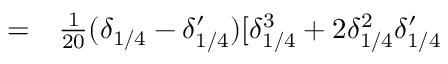
\begin{array} { r l } { = } & { { } \frac { 1 } { 2 0 } ( \delta _ { 1 / 4 } - \delta _ { 1 / 4 } ^ { \prime } ) [ \delta _ { 1 / 4 } ^ { 3 } + 2 \delta _ { 1 / 4 } ^ { 2 } \delta _ { 1 / 4 } ^ { \prime } } \end{array}